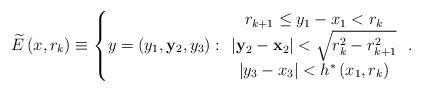
LaTeX: \begin{align*}\widetilde{E}\left( x,r_{k}\right) \equiv \left\{ y=\left( y_{1},\mathbf{y}_{2},y_{3}\right) :\begin{array}{c}r_{k+1}\leq y_{1}-x_{1}<r_{k} \\ \left\vert \mathbf{y}_{2}-\mathbf{x}_{2}\right\vert <\sqrt{r_{k}^{2}-r_{k+1}^{2}} \\ \left\vert y_{3}-x_{3}\right\vert <h^{\ast }\left( x_{1},r_{k}\right)\end{array}\right. . \end{align*}